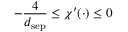
- \frac { 4 } { d _ { \mathrm { s e p } } } \leq \chi ^ { \prime } ( \cdot ) \leq 0